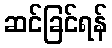
ဆင်ခြင်ရန်